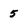
Character: 5